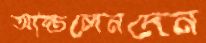
আন্তলেনদেন